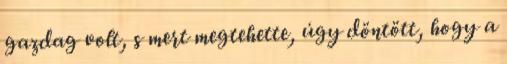
gazdag volt, s mert megtehette, úgy döntött, hogy a